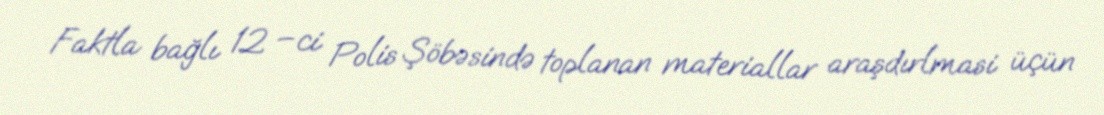
Faktla bağlı 12 –ci Polis Şöbəsində toplanan materiallar araşdırlmasi üçün